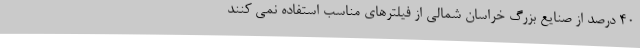
40 درصد از صنایع بزرگ خراسان شمالی از فیلترهای مناسب استفاده نمی کنند